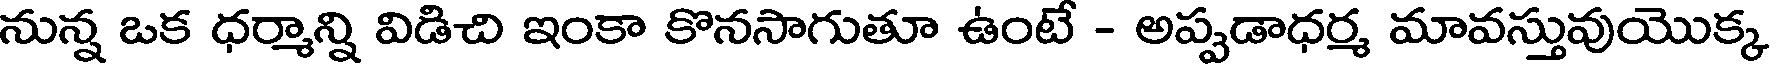
నున్న ఒక ధర్మాన్ని విడిచి ఇంకా కొనసాగుతూ ఉంటే - అప్పడాధర్మ మావస్తువుయొక్క